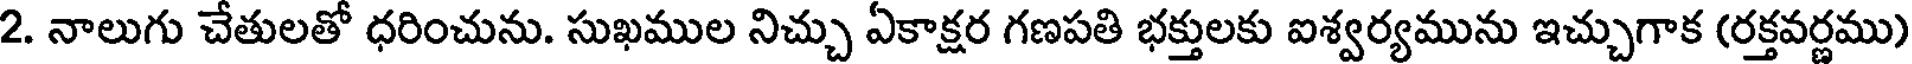
2. నాలుగు చేతులతో ధరించును. సుఖముల నిచ్చు ఏకాక్షర గణపతి భక్తులకు ఐశ్వర్యమును ఇచ్చుగాక (రక్తవర్ణము)